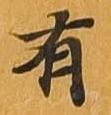
有